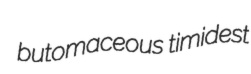
butomaceous timidest